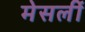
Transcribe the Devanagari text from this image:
मेसर्ली